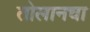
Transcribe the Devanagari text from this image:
तोलानचा